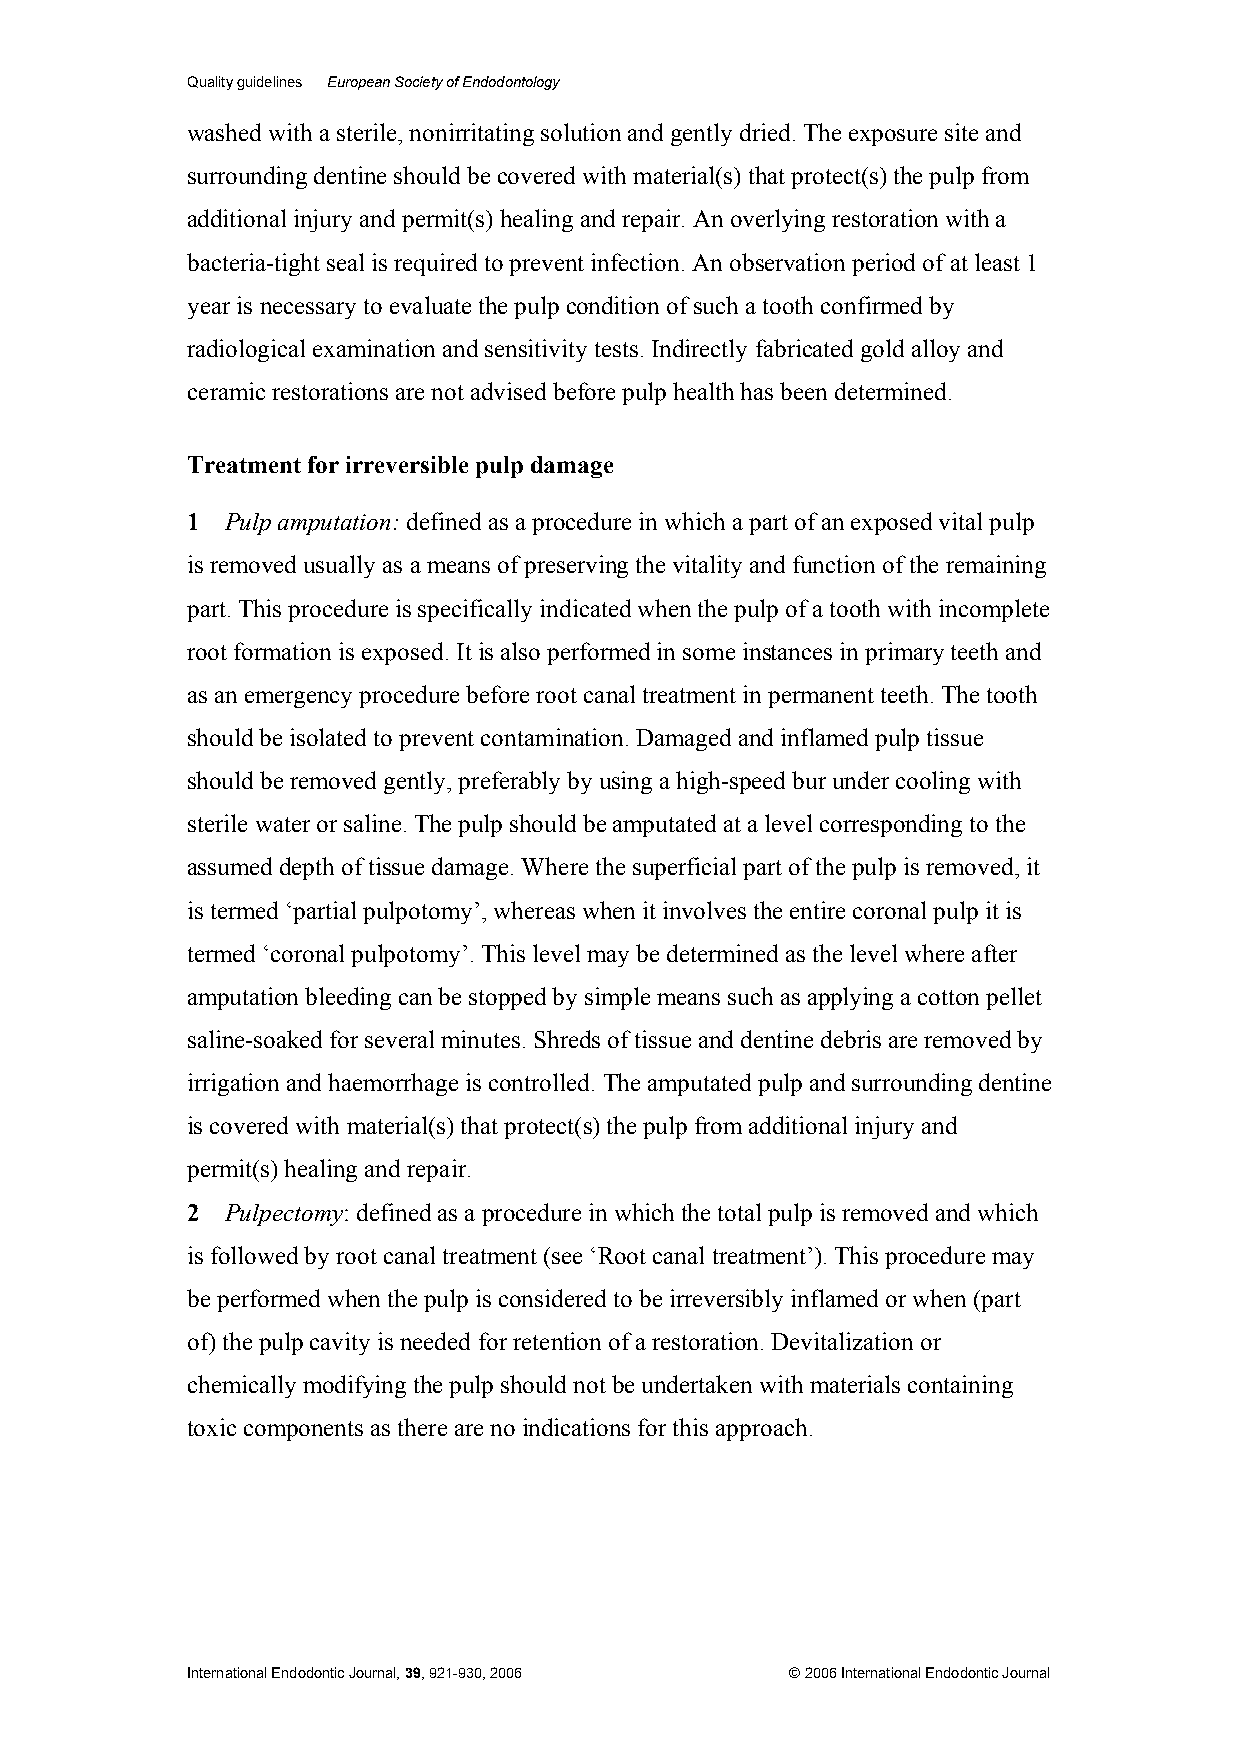
Quality guidelines European Society of Endodontology
 washed with a sterile, nonirritating solution and gently dried. The exposure site and
 surrounding dentine should be covered with material(s) that protect(s) the pulp from
 additional injury and permit(s) healing and repair. An overlying restoration with a
 bacteria-tight seal is required to prevent infection. An observation period of at least 1
 year is necessary to evaluate the pulp condition of such a tooth confirmed by
 radiological examination and sensitivity tests. Indirectly fabricated gold alloy and
 ceramic restorations are not advised before pulp health has been determined.
 Treatment for irreversible pulp damage
 1  Pulp amputation: defined as a procedure in which a part of an exposed vital pulp
 is removed usually as a means of preserving the vitality and function of the remaining
 part. This procedure is specifically indicated when the pulp of a tooth with incomplete
 root formation is exposed. It is also performed in some instances in primary teeth and
 as an emergency procedure before root canal treatment in permanent teeth. The tooth
 should be isolated to prevent contamination. Damaged and inflamed pulp tissue
 should be removed gently, preferably by using a high-speed bur under cooling with
 sterile water or saline. The pulp should be amputated at a level corresponding to the
 assumed depth of tissue damage. Where the superficial part of the pulp is removed, it
 is termed ‘partial pulpotomy’, whereas when it involves the entire coronal pulp it is
 termed ‘coronal pulpotomy’. This level may be determined as the level where after
 amputation bleeding can be stopped by simple means such as applying a cotton pellet
 saline-soaked for several minutes. Shreds of tissue and dentine debris are removed by
 irrigation and haemorrhage is controlled. The amputated pulp and surrounding dentine
 is covered with material(s) that protect(s) the pulp from additional injury and
 permit(s) healing and repair.
 2  Pulpectomy: defined as a procedure in which the total pulp is removed and which
 is followed by root canal treatment (see ‘Root canal treatment’). This procedure may
 be performed when the pulp is considered to be irreversibly inflamed or when (part
 of) the pulp cavity is needed for retention of a restoration. Devitalization or
 chemically modifying the pulp should not be undertaken with materials containing
 toxic components as there are no indications for this approach.
 International Endodontic Journal, 39, 921-930, 2006 © 2006 International Endodontic Journal